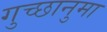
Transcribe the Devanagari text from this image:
गुच्छानुमा